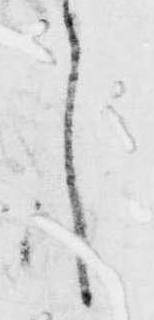
言